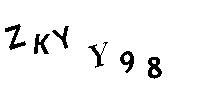
ZKYY98